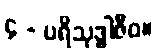
၄ - ပရိသုဒ္ဓါဇီဝ။